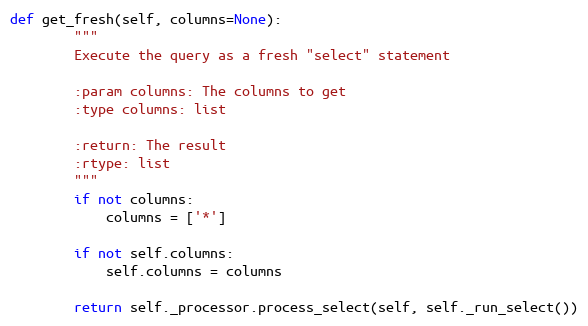
Language: Python
def get_fresh(self, columns=None):
        """
        Execute the query as a fresh "select" statement

        :param columns: The columns to get
        :type columns: list

        :return: The result
        :rtype: list
        """
        if not columns:
            columns = ['*']

        if not self.columns:
            self.columns = columns

        return self._processor.process_select(self, self._run_select())